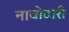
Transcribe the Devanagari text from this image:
नावोदारी